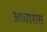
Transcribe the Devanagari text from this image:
आधारास